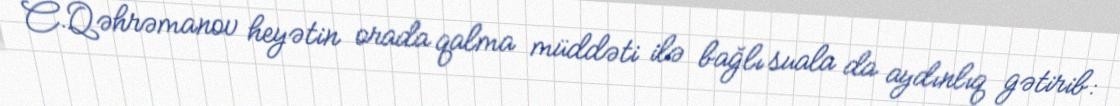
C.Qəhrəmanov heyətin orada qalma müddəti ilə bağlı suala da aydınlıq gətirib: